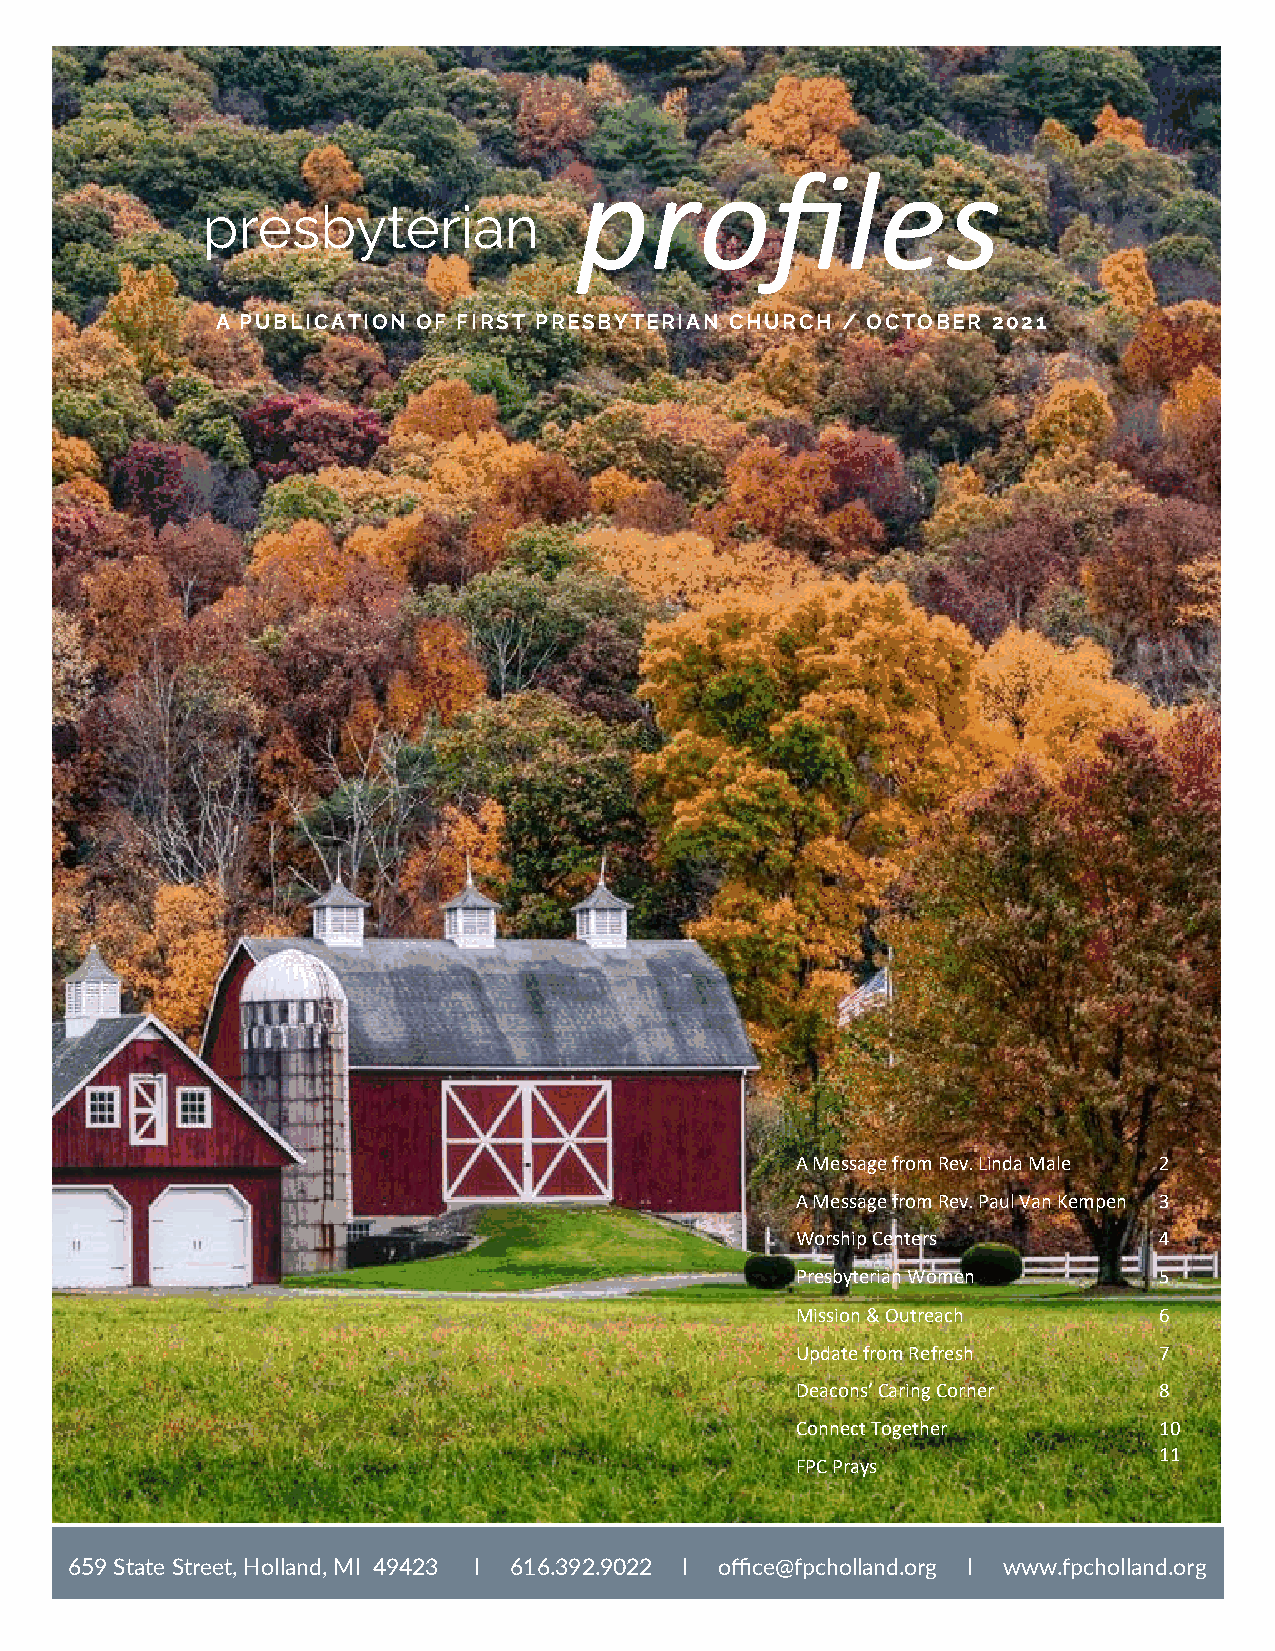
profiles
 presbyterian
 A PUBLICATION OF FIRST PRESBYTERIAN CHURCH / OCTOBER 2021
 A Message from Rev. Linda Male 2
 A Message from Rev. Paul Van Kempen 3
 Worship Centers         4
 Presbyterian Women      5
 Mission & Outreach      6
 Update from Refresh     7
 Deacons’ Caring Corner  8
 Connect Together        10
 11
 FPC Prays
 659 State Street, Holland, MI 49423 I 616.392.9022 I office@fpcholland.org I www.fpcholland.org